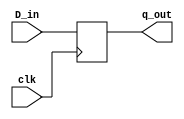
`timescale 1ns / 1ps
//////////////////////////////////////////////////////////////////////////////////
// Company: 
// Engineer: 
// 
// Design Name: 
// Module Name: lab22_D_FF
// Project Name: 
// Target Devices: 
// Tool Versions: 
// Description: 
// 
// Dependencies: 
// 
// Revision:
// Revision 0.01 - File Created
// Additional Comments:
// 
//////////////////////////////////////////////////////////////////////////////////


module lab22_D_FF(
                    input D_in,
                    input clk,
                    output reg q_out
                    );
always @(posedge clk)
begin
q_out <= D_in;
end

endmodule